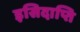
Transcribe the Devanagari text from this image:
इसिदाप्ति